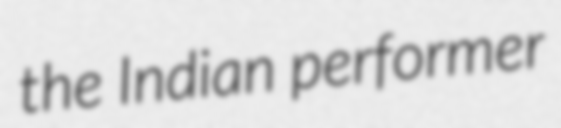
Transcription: the Indian performer